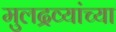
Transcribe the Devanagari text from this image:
मुलद्रव्यांच्या